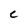
Character: C